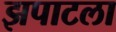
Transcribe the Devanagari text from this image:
झपाटला